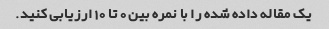
یک مقاله داده شده را با نمره بین 0 تا 10 ارزیابی کنید.